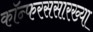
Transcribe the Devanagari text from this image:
कॉन्फरससारख्या